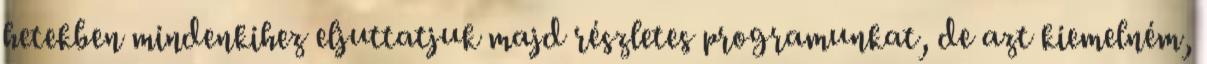
hetekben mindenkihez eljuttatjuk majd részletes programunkat, de azt kiemelném,